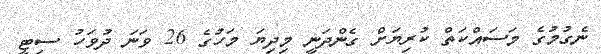
ނެގުމުގެ މަސައްކަތް ކުރިޔަށް ގެންދަނީ މިދިޔަ މަހުގެ 26 ވަނަ ދުވަހު ސިޓީ